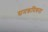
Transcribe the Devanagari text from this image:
समक्रमिकता